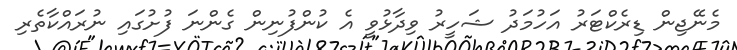
މެނޭޖިން ޑިރެކްޓަރު އަހުމަދު ޝަހީރު ވިދާޅުވީ އެ ކުންފުނިން ގެންނަ ފުށުގައި ނުރައްކާތެރި